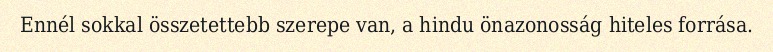
Ennél sokkal összetettebb szerepe van, a hindu önazonosság hiteles forrása.